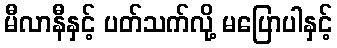
မီလာနီနှင့် ပတ်သက်လို့ မပြောပါနှင့်